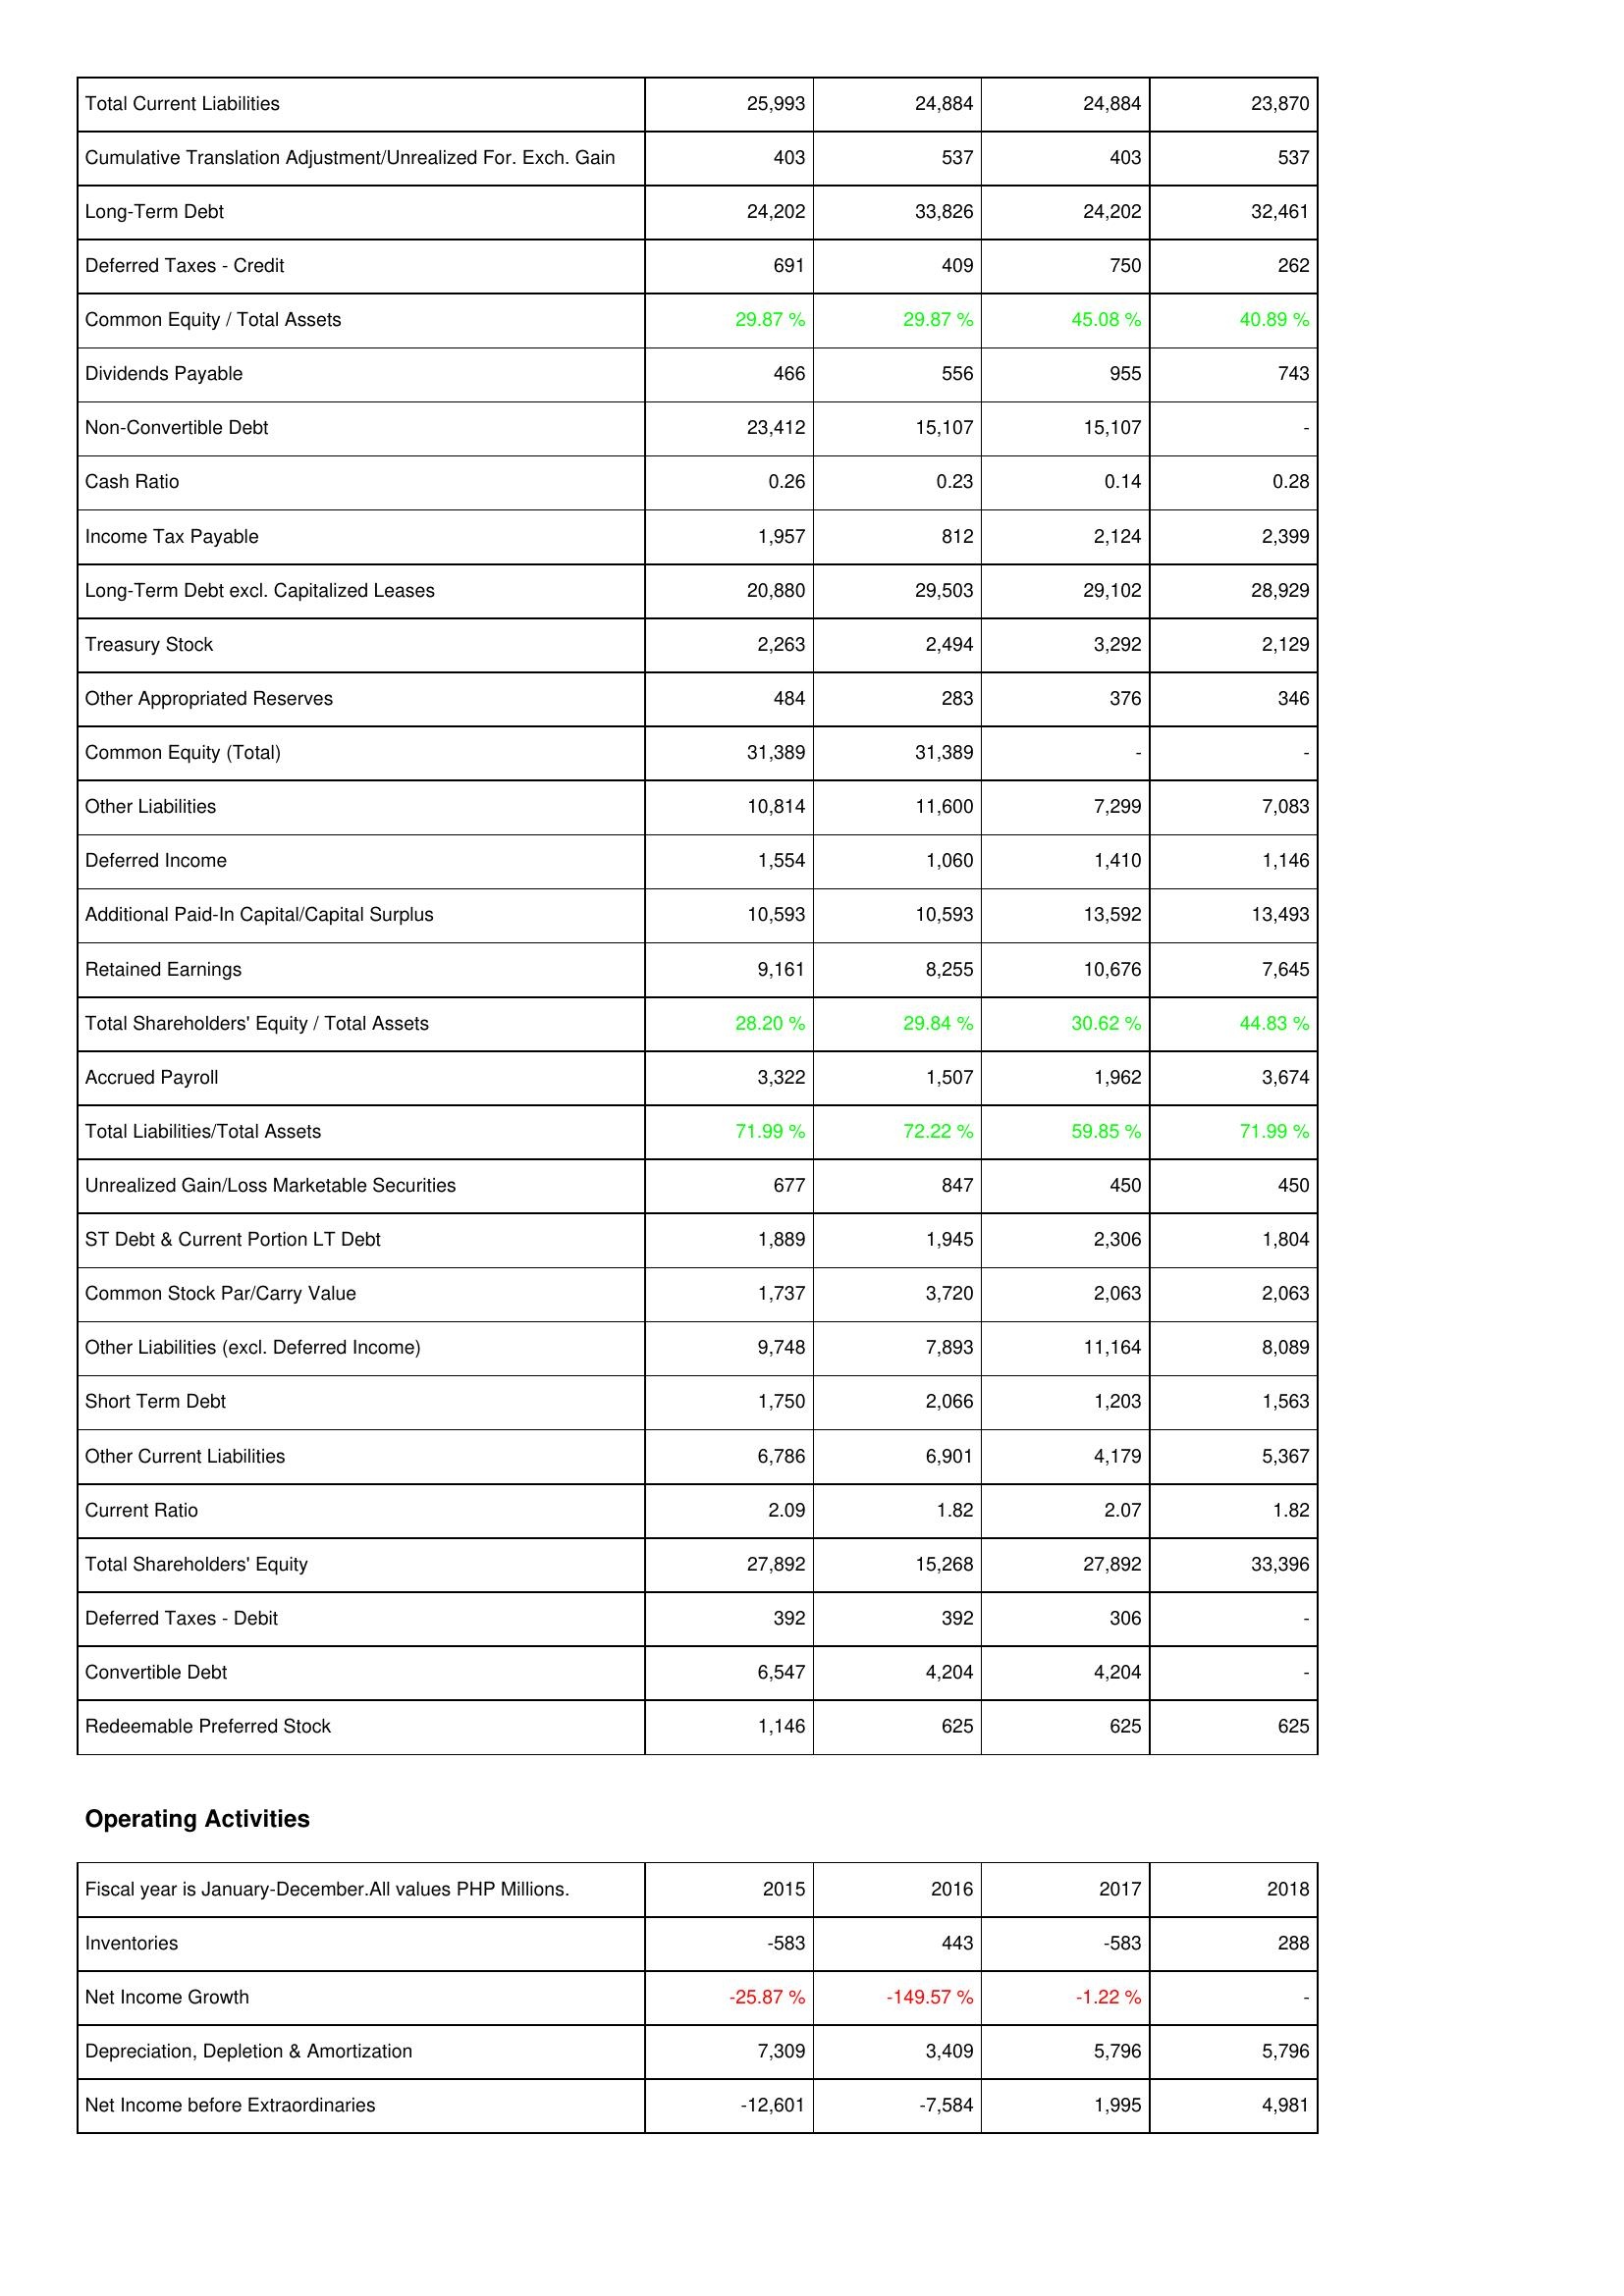
2015: Liabilities & Shareholders' Equity: Total Current Liabilities: 25,993
Cumulative Translation Adjustment/Unrealized For. Exch. Gain: 403
Long-Term Debt: 24,202
Deferred Taxes - Credit: 691
Common Equity / Total Assets: 29.87 %
Dividends Payable: 466
Non-Convertible Debt: 23,412
Cash Ratio: 0.26
Income Tax Payable: 1,957
Long-Term Debt excl. Capitalized Leases: 20,880
Treasury Stock: 2,263
Other Appropriated Reserves: 484
Common Equity (Total): 31,389
Other Liabilities: 10,814
Deferred Income: 1,554
Additional Paid-In Capital/Capital Surplus: 10,593
Retained Earnings: 9,161
Total Shareholders' Equity / Total Assets: 28.20 %
Accrued Payroll: 3,322
Total Liabilities/Total Assets: 71.99 %
Unrealized Gain/Loss Marketable Securities: 677
ST Debt & Current Portion LT Debt: 1,889
Common Stock Par/Carry Value: 1,737
Other Liabilities (excl. Deferred Income): 9,748
Short Term Debt: 1,750
Other Current Liabilities: 6,786
Current Ratio: 2.09
Total Shareholders' Equity: 27,892
Deferred Taxes - Debit: 392
Convertible Debt: 6,547
Redeemable Preferred Stock: 1,146
Operating Activities: Inventories: -583
Net Income Growth: -25.87 %
Depreciation, Depletion & Amortization: 7,309
Net Income before Extraordinaries: -12,601
2016: Liabilities & Shareholders' Equity: Total Current Liabilities: 24,884
Cumulative Translation Adjustment/Unrealized For. Exch. Gain: 537
Long-Term Debt: 33,826
Deferred Taxes - Credit: 409
Common Equity / Total Assets: 29.87 %
Dividends Payable: 556
Non-Convertible Debt: 15,107
Cash Ratio: 0.23
Income Tax Payable: 812
Long-Term Debt excl. Capitalized Leases: 29,503
Treasury Stock: 2,494
Other Appropriated Reserves: 283
Common Equity (Total): 31,389
Other Liabilities: 11,600
Deferred Income: 1,060
Additional Paid-In Capital/Capital Surplus: 10,593
Retained Earnings: 8,255
Total Shareholders' Equity / Total Assets: 29.84 %
Accrued Payroll: 1,507
Total Liabilities/Total Assets: 72.22 %
Unrealized Gain/Loss Marketable Securities: 847
ST Debt & Current Portion LT Debt: 1,945
Common Stock Par/Carry Value: 3,720
Other Liabilities (excl. Deferred Income): 7,893
Short Term Debt: 2,066
Other Current Liabilities: 6,901
Current Ratio: 1.82
Total Shareholders' Equity: 15,268
Deferred Taxes - Debit: 392
Convertible Debt: 4,204
Redeemable Preferred Stock: 625
Operating Activities: Inventories: 443
Net Income Growth: -149.57 %
Depreciation, Depletion & Amortization: 3,409
Net Income before Extraordinaries: -7,584
2017: Liabilities & Shareholders' Equity: Total Current Liabilities: 24,884
Cumulative Translation Adjustment/Unrealized For. Exch. Gain: 403
Long-Term Debt: 24,202
Deferred Taxes - Credit: 750
Common Equity / Total Assets: 45.08 %
Dividends Payable: 955
Non-Convertible Debt: 15,107
Cash Ratio: 0.14
Income Tax Payable: 2,124
Long-Term Debt excl. Capitalized Leases: 29,102
Treasury Stock: 3,292
Other Appropriated Reserves: 376
Common Equity (Total): -
Other Liabilities: 7,299
Deferred Income: 1,410
Additional Paid-In Capital/Capital Surplus: 13,592
Retained Earnings: 10,676
Total Shareholders' Equity / Total Assets: 30.62 %
Accrued Payroll: 1,962
Total Liabilities/Total Assets: 59.85 %
Unrealized Gain/Loss Marketable Securities: 450
ST Debt & Current Portion LT Debt: 2,306
Common Stock Par/Carry Value: 2,063
Other Liabilities (excl. Deferred Income): 11,164
Short Term Debt: 1,203
Other Current Liabilities: 4,179
Current Ratio: 2.07
Total Shareholders' Equity: 27,892
Deferred Taxes - Debit: 306
Convertible Debt: 4,204
Redeemable Preferred Stock: 625
Operating Activities: Inventories: -583
Net Income Growth: -1.22 %
Depreciation, Depletion & Amortization: 5,796
Net Income before Extraordinaries: 1,995
2018: Liabilities & Shareholders' Equity: Total Current Liabilities: 23,870
Cumulative Translation Adjustment/Unrealized For. Exch. Gain: 537
Long-Term Debt: 32,461
Deferred Taxes - Credit: 262
Common Equity / Total Assets: 40.89 %
Dividends Payable: 743
Non-Convertible Debt: -
Cash Ratio: 0.28
Income Tax Payable: 2,399
Long-Term Debt excl. Capitalized Leases: 28,929
Treasury Stock: 2,129
Other Appropriated Reserves: 346
Common Equity (Total): -
Other Liabilities: 7,083
Deferred Income: 1,146
Additional Paid-In Capital/Capital Surplus: 13,493
Retained Earnings: 7,645
Total Shareholders' Equity / Total Assets: 44.83 %
Accrued Payroll: 3,674
Total Liabilities/Total Assets: 71.99 %
Unrealized Gain/Loss Marketable Securities: 450
ST Debt & Current Portion LT Debt: 1,804
Common Stock Par/Carry Value: 2,063
Other Liabilities (excl. Deferred Income): 8,089
Short Term Debt: 1,563
Other Current Liabilities: 5,367
Current Ratio: 1.82
Total Shareholders' Equity: 33,396
Deferred Taxes - Debit: -
Convertible Debt: -
Redeemable Preferred Stock: 625
Operating Activities: Inventories: 288
Net Income Growth: -
Depreciation, Depletion & Amortization: 5,796
Net Income before Extraordinaries: 4,981